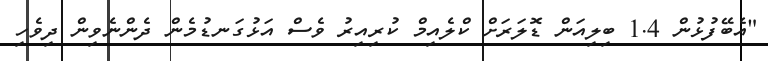
"އެބޭފުޅުން 1.4 ބިލިއަން ޑޮލަރަށް ކްލެއިމް ކުރިއިރު ވެސް އަޅުގަނޑުމެން ދެންނެވިން ދިވެހި